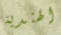
الهندية